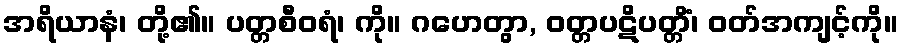
အရိယာနံ၊ တို့၏။ ပတ္တစီဝရံ၊ ကို။ ဂဟေတွာ, ဝတ္တပဋိပတ္တိံ၊ ဝတ်အကျင့်ကို။